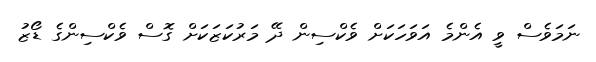
ނަމަވެސް ވީ އެންމެ އަވަހަކަށް ވެކްސިން ދޭ މަރުކަޒަކަށް ގޮސް ވެކްސިންގެ ޑޯޒު